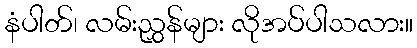
နံပါတ်၊ လမ်းညွှန်များ လိုအပ်ပါသလား။